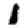
Digit: 1